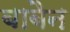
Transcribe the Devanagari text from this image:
बाबैन